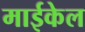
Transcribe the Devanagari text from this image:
माईकेल